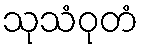
သုသံဝုတံ